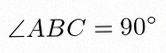
\angle ABC=90^\circ